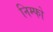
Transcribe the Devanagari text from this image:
निम्फो